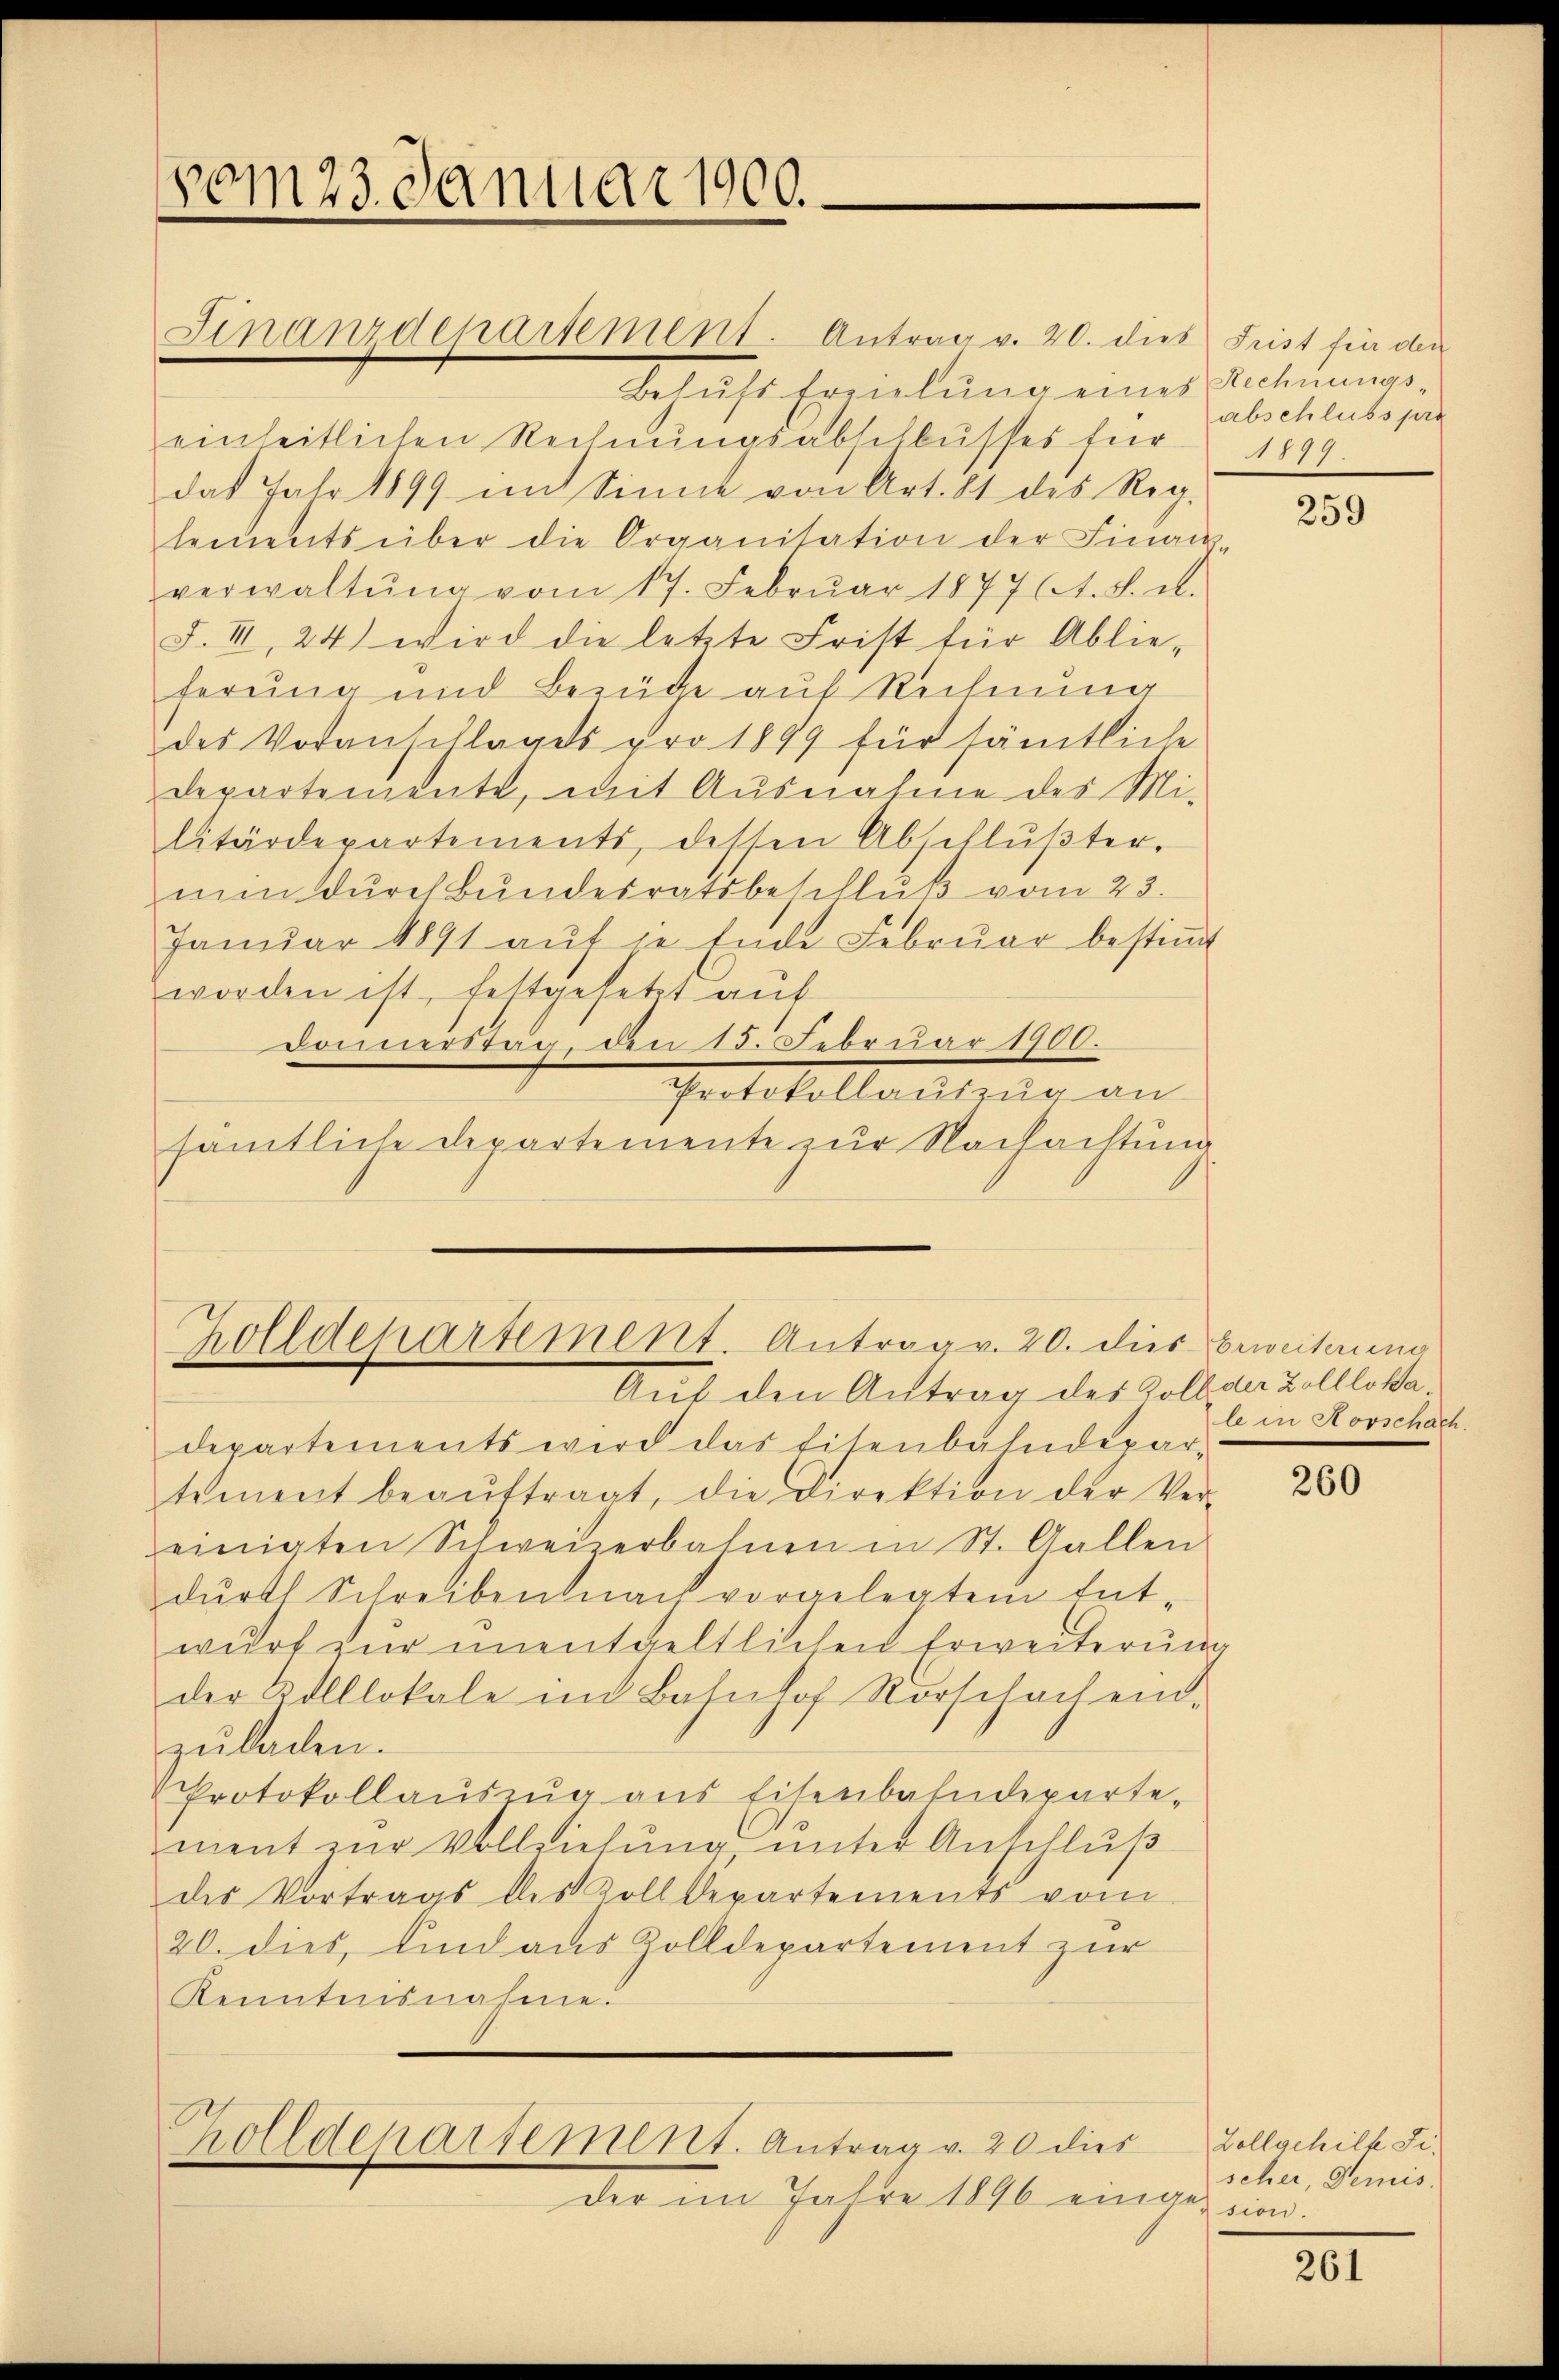
vom 23. Januar 1900.

Zolldepartement. Antrag v. 20. dies beweiterung

Finanzdepartement. Antrag v. 20. dies Frist für den
belust Ernelŭng eines Rechnunge
einheitlichen Rechnŭngsabschlŭsses für 1899.
das Jahr 1899 im Sinne von Art. 81 des Reg-
lements über die Organitation der Finan
verwaltŭng vom 17. Febrŭar 18776. d. et.
F. III, 24) wird die letzte Frist für Ablie-
ferung und Bezüge auf Rechnung
des Voranschlages pro 1899 für sämtliche
Departemente, mit Ausnahme des Mi-
litärdepartements, dessen Abschlŭβter.
min durch Bundesratsbeschlŭβ vom 23.
Janŭar 1891 aŭf in Ende Febrŭar bestiṁt
worden ist, festgesetzt auf
Donnerstag, den 13. Februar 1900.
Protokollauszug an
sämtliche Departemente zur Nachachtung

Zolldepartement. Antrag v. 20 dies

Auf den Antrag des Kolban Kollloka
departements wird das Eisenbahndepar-
tement beaŭftragt, die Direktion der Ver-
einigten Schweizerbahnen in St. Gallen
dŭrch Schreiben nach vorgelegtem Ent-
wurf zur unentgeltlichen Erweiterung
der Kolllokale im Bahnhof Vorschach ein-
zŭladen.
Protokollaŭszŭg ans Eisenbahndeparte-
ment zur Vollziehung unter Anschluß
des Vortrags des Kolldepartements vom
20. dies, sind aus Zolldepartement zur
Kenntnisnahme.

der im Jahre 1896 einge-

abschlusspra

259

le in Korschach.

260

Collgehilf Fischer, Demis
sion.

261